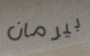
بيرمان